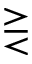
\gtreqless